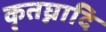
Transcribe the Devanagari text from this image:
कृतघ्नादि